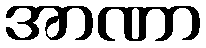
အာဏာ